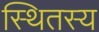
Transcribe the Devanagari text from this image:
स्थितस्य